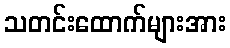
သတင်းထောက်များအား